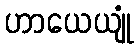
ဟာယေယျုံ